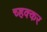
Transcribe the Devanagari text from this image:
च्हक्कर